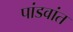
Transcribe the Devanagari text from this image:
पांडवांत